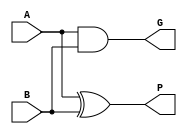
`timescale 1ns / 1ps
//////////////////////////////////////////////////////////////////////////////////
// Company: m62ammar@gmail.com
// 
// Design Name: 
// Module Name:    GP 
// Project Name: 
// Target Devices: 
// Tool versions: 
// Description: 
//
// Dependencies: 
//
// Revision: 
// Revision 0.01 - File Created
// Additional Comments: 
//
//////////////////////////////////////////////////////////////////////////////////
module GP( 
	input  A,
	input  B,
	output G,
	output P
    );

	assign G = A & B;
	assign P = A ^ B;

endmodule